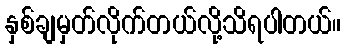
နှစ်ချမှတ်လိုက်တယ်လို့သိရပါတယ်။